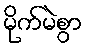
မိုက်မဲစွာ